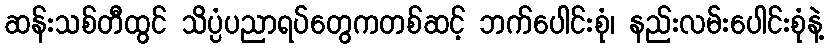
ဆန်းသစ်တီထွင် သိပ္ပံပညာရပ်တွေကတစ်ဆင့် ဘက်ပေါင်းစုံ၊ နည်းလမ်းပေါင်းစုံနဲ့